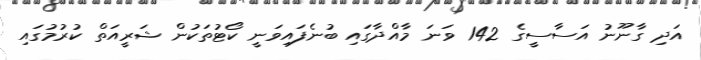
އަދި ގާނޫނު އަސާސީގެ 142 ވަނަ މާއްދާގައި ބުނެފައިވަނީ ކޯޓުތަކުން ޝަރީއަތް ކުރުމުގައި